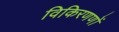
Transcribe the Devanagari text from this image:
विकिरणणों